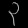
Digit: ၃